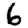
Digit: 6